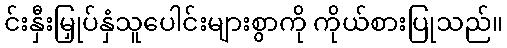
င်းနှီးမြှုပ်နှံသူပေါင်းများစွာကို ကိုယ်စားပြုသည်။